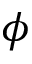
\phi